Annual statistical returns and brief notes on vaccination in Bengal - 1909-1929
Year: 1909
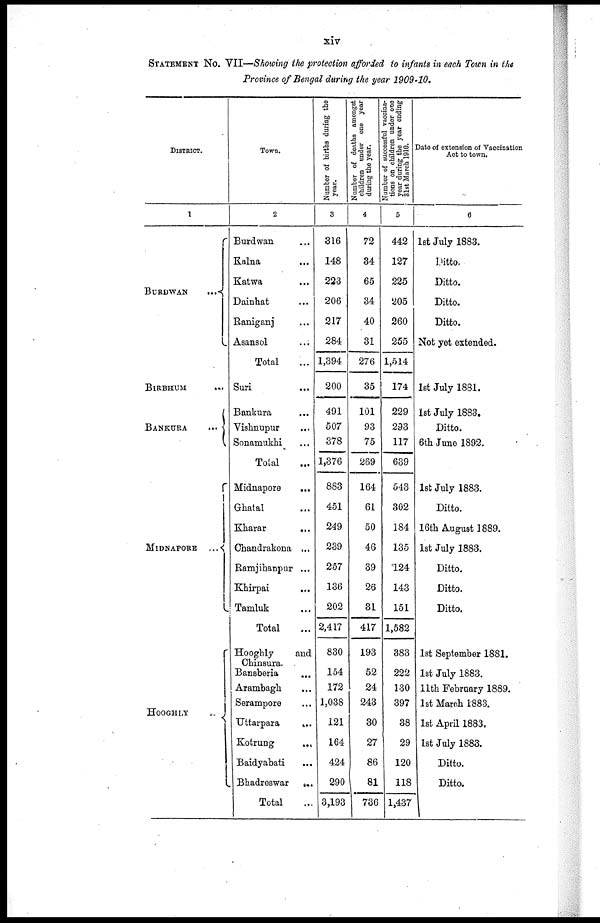
xiv
STATEMENT No. VII—Showing the protection afforded to infants in each Town in the
Province of Bengal during the year 1909-10.
DISTRICT.
1
BURDWAN...
BIRBHUM...
...
BANKURA...
MIDNAPORE...
...
Town.
2
Burdwan... ...
Kalna... ...
Katwa...
...
Dainhat... ...
Raniganj... ...
Asansol... ...
Total...
Suri... ...
Bankura... ...
Vishnupur... ...
Sonamukhi... ...
Total...
Midnapore... ...
Ghatal...
...
Kharar... ...
Chandrakona... ...
Ramjihanpur... ...
Khirpai...
...
Tamluk... ...
Total...
Hooghly
and
Chinsura.
Bansberia...
...
Arambagh... ...
Serampore... ...
Uttarpara...
...
Kotrung...
...
Baidyabati... ...
Bhadreswar... ...
Total...
Number of births during the
year.
3
316
148
223
206
217
284
1,394
200
491
507
378
1,376
883
451
249
239
257
136
202
2,417
830
154
172
1,038
121
164
424
290
3,193
Number of deaths amongst
children under one year
during the year.
4
72
34
65
34
40
31
276
35
101
93
75
269
164
61
50
46
39
26
31
417
193
52
24
243
30
27
86
81
736
Number of successful vaccina-
tions on children under one
year during the year ending
31st March 1910.
5
442
127
225
205
260
255
1,514
174
229
293
117
639
543
302
184
135
124
143
151
1,582
383
222
130
397
38
29
120
118
1,437
Date of extension of Vaccination
Act to town.
6
1st July 1883.
Ditto.
Ditto.
Ditto.
Ditto.
Not yet extended.
1st July 1881.
1st July 1883.
Ditto.
6th June 1892.
1st July 1883.
Ditto.
16th August 1889.
1st July 1883.
Ditto.
Ditto.
Ditto.
1st September 1881.
let July 1883.
11th February 1889.
1st March 1883.
1st April 1883.
1st July 1883.
Ditto.
Ditto.